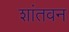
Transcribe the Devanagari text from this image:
शांतवन